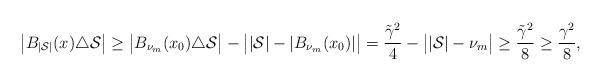
LaTeX: \begin{align*} \big|B_{|\mathcal{S}|}(x)\triangle \mathcal{S}\big|\geq \big|B_{\nu_m}(x_0) \triangle \mathcal{S}\big|-\big||\mathcal{S}|-|B_{\nu_m}(x_0)|\big|=\frac{\tilde\gamma^2}{4}-\big||\mathcal{S}|-\nu_m\big| \geq \frac{\tilde\gamma^2}{8}\geq \frac{\gamma^2}{8}, \end{align*}